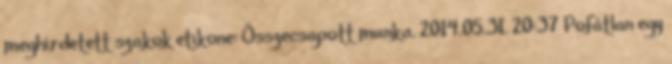
meghirdetett szakok etikone: Összecsapott munka. 2014.05.31. 20:37 Pofátlan egy